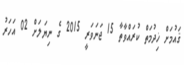
ޤައުމަށް ޚިދުމަތް ކުރައްވާތާ 15 ޖަނަވަރީ 2015 ގެ ނިޔަލަށް 02 އަހަރު